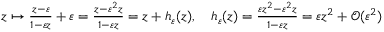
\begin{array} { r } { z \mapsto \frac { z - \varepsilon } { 1 - \varepsilon z } + \varepsilon = \frac { z - \varepsilon ^ { 2 } z } { 1 - \varepsilon z } = z + h _ { \varepsilon } ( z ) , \quad h _ { \varepsilon } ( z ) = \frac { \varepsilon z ^ { 2 } - \varepsilon ^ { 2 } z } { 1 - \varepsilon z } = \varepsilon z ^ { 2 } + \mathcal { O } ( \varepsilon ^ { 2 } ) } \end{array}